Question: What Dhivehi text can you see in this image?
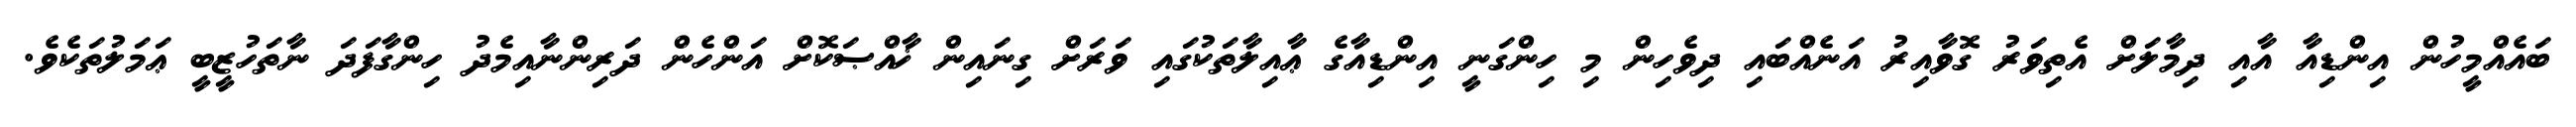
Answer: ބައެއްމީހުން އިންޑިއާ އާއި ދިމާލަށް އެތިވަރު ގޮވާއިރު އަނެއްބައި ދިވެހިން މި ހިންގަނީ އިންޑިއާގެ ޢާއިލާތަކުގައި ވަރަށް ގިނައިން ޚާއްޞަކޮށް އަންހެން ދަރިންނާއިމެދު ހިންގާފަދަ ނާތަހުޒީބީ ޢަމަލުތަކެވެ.